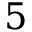
5